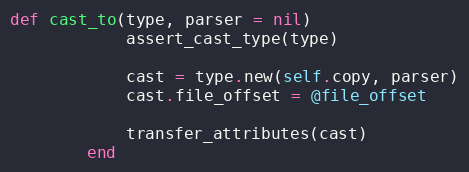
Language: Ruby
def cast_to(type, parser = nil)
            assert_cast_type(type)

            cast = type.new(self.copy, parser)
            cast.file_offset = @file_offset

            transfer_attributes(cast)
        end